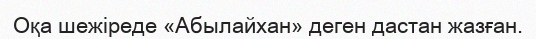
Оқа шежіреде «Абылайхан» деген дастан жазған.